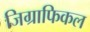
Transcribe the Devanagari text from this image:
जिग्राफिकल